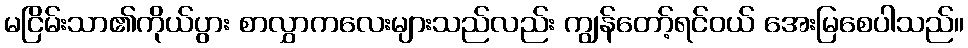
မငြိမ်းသာ၏ကိုယ်ပွား စာလွှာကလေးများသည်လည်း ကျွန်တော့်ရင်ဝယ် အေးမြစေပါသည်။